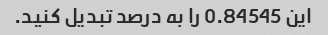
این 0.84545 را به درصد تبدیل کنید.